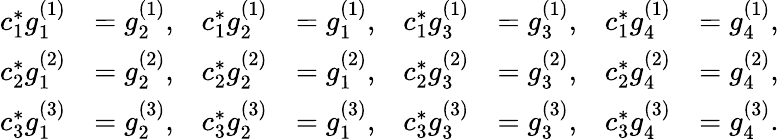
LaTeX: \begin{array}{rlrlrlrl}{c_{1}^{\ast}g_{1}^{(1)}}&{=g_{2}^{(1)},}&{c_{1}^{\ast}g_{2}^{(1)}}&{=g_{1}^{(1)},}&{c_{1}^{\ast}g_{3}^{(1)}}&{=g_{3}^{(1)},}&{c_{1}^{\ast}g_{4}^{(1)}}&{=g_{4}^{(1)},}\\ {c_{2}^{\ast}g_{1}^{(2)}}&{=g_{2}^{(2)},}&{c_{2}^{\ast}g_{2}^{(2)}}&{=g_{1}^{(2)},}&{c_{2}^{\ast}g_{3}^{(2)}}&{=g_{3}^{(2)},}&{c_{2}^{\ast}g_{4}^{(2)}}&{=g_{4}^{(2)},}\\ {c_{3}^{\ast}g_{1}^{(3)}}&{=g_{2}^{(3)},}&{c_{3}^{\ast}g_{2}^{(3)}}&{=g_{1}^{(3)},}&{c_{3}^{\ast}g_{3}^{(3)}}&{=g_{3}^{(3)},}&{c_{3}^{\ast}g_{4}^{(3)}}&{=g_{4}^{(3)}.}\end{array}